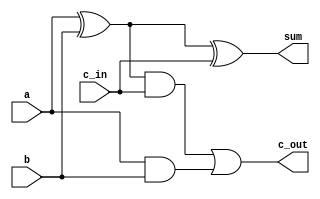
module add1bit (input  a, b, c_in,
                output sum, c_out);

   assign sum = a ^ b ^ c_in;
   assign c_out = ((a ^ b) & c_in) | (a & b);
endmodule // add1bit